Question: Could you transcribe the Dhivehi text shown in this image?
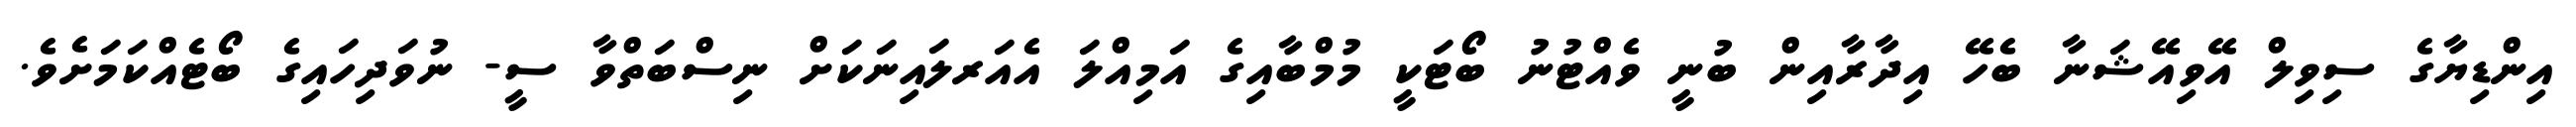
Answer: އިންޑިޔާގެ ސިވިލް އޭވިއޭޝަނާ ބެހޭ އިދާރާއިން ބުނީ ވެއްޓުނު ބޯޓަކީ މުމްބާއިގެ އަމިއްލަ އެއަރލައިނަކަށް ނިސްބަތްވާ ސީ- ނުވަދިހައިގެ ބޯޓެއްކަމަށެވެ.